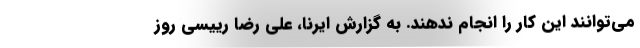
می‌توانند این کار را انجام ندهند. به گزارش ایرنا، علی رضا رییسی روز